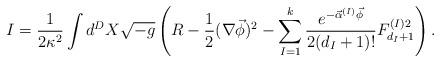
LaTeX: \begin{align*} I=\frac{1}{2\kappa ^{2}} \int d^{D}X\sqrt{-g} \left( R-\frac{1}{2}(\nabla\vec\phi)^2- \sum_{I=1}^{k} \frac{e^{-\vec\alpha^{(I)}\vec\phi}}{2(d_I+1)!} F^{(I)2}_{d_I+1} \right).\end{align*}